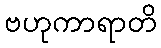
ဗဟုကာရာတိ